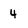
Character: 4